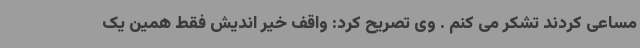
مساعی کردند تشکر می کنم . وی تصریح کرد: واقف خیر اندیش فقط همین یک